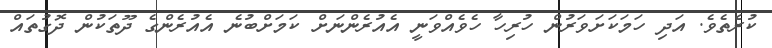
ކުރެތެވެ. އަދި ހަމަކަށަވަރުން ހުރިހާ ހެވެއްވަނީ އެއުރެންނަށް ކަމަށްބުނެ އެއުރެންގެ ދޫތަކުން ދޮގުތައް